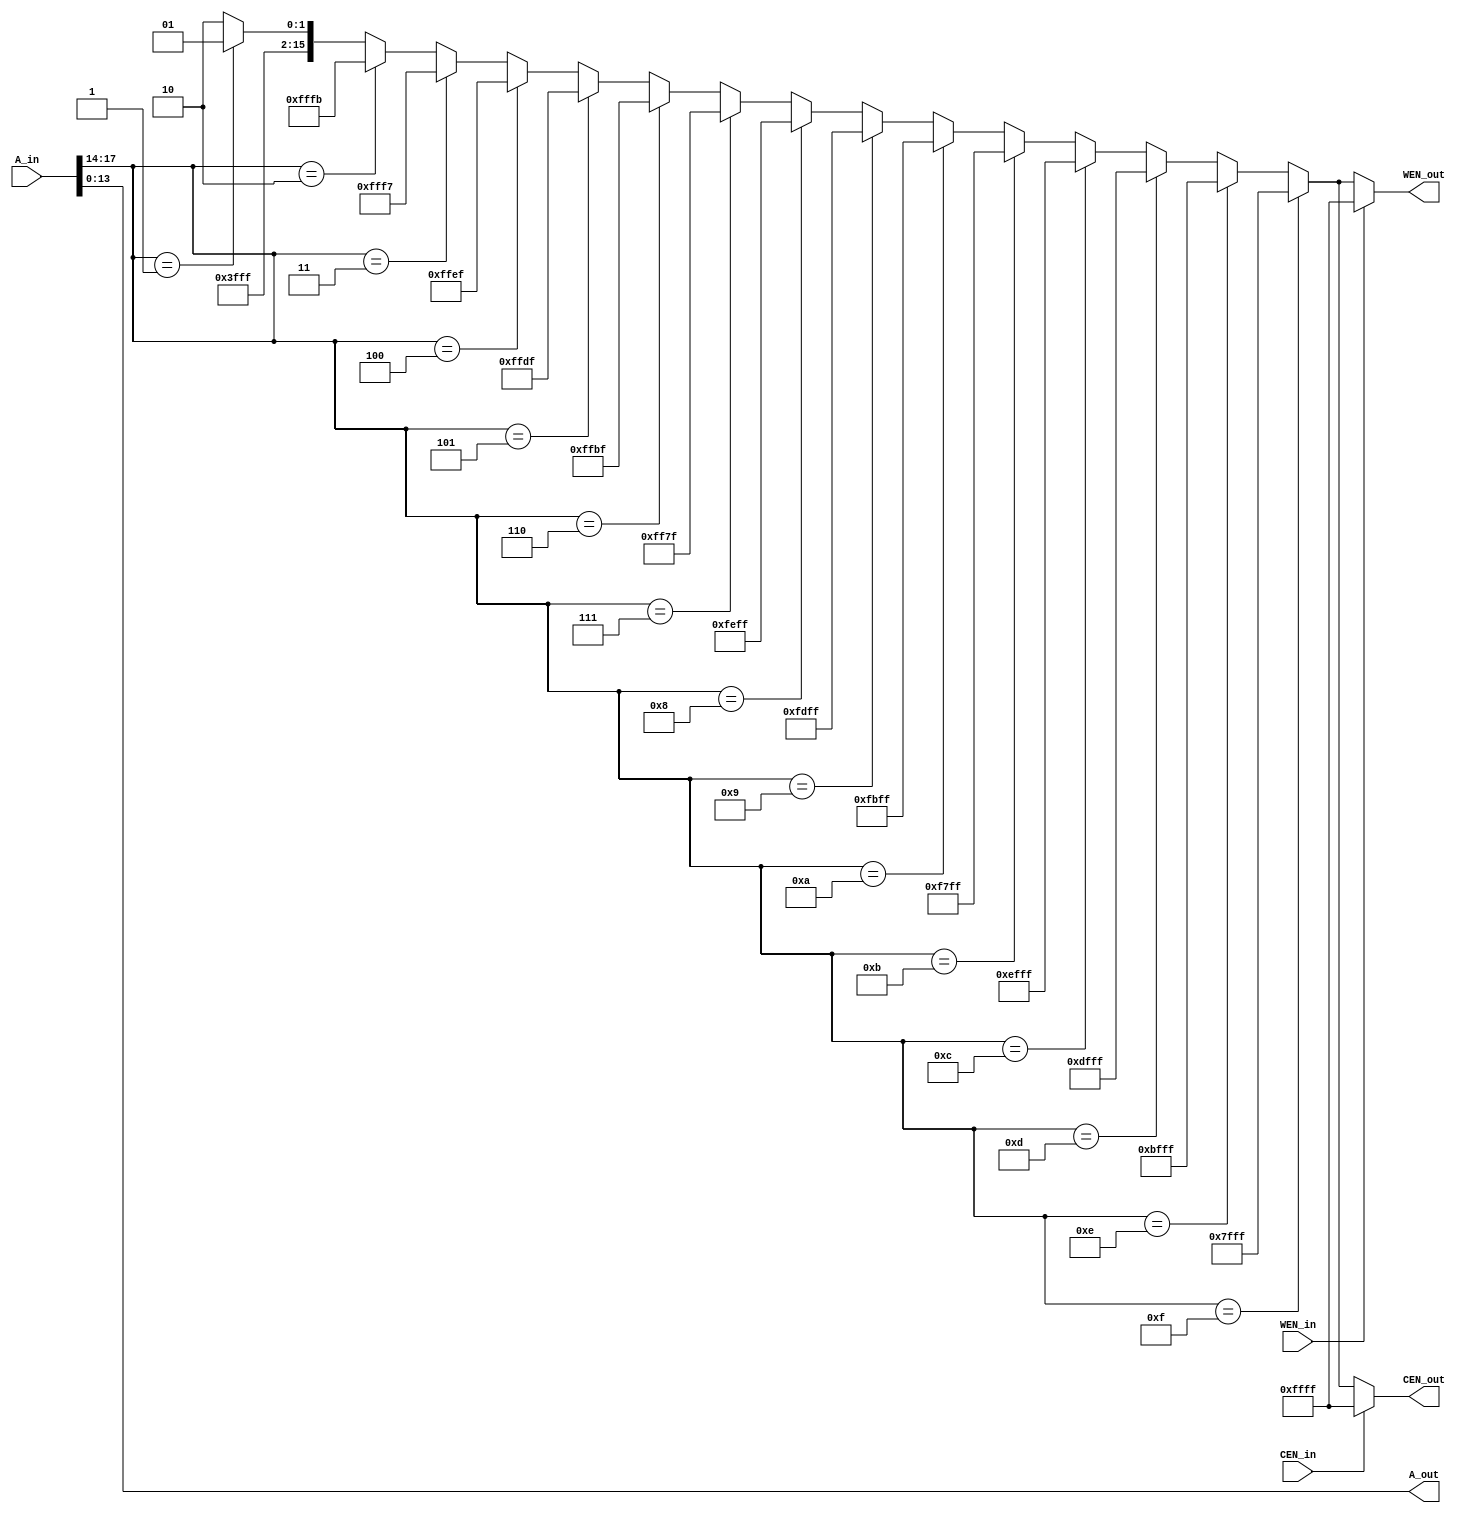
module decoder(A_out, WEN_out, CEN_out, A_in, WEN_in, CEN_in);

output reg [13:0]   A_out;
output reg [15:0]   WEN_out, CEN_out;
input [17:0]        A_in;
input               WEN_in, CEN_in;



function [15:0] binary_to_onehot;
    input [3:0]      binary;
    begin
        if(binary == 4'd15)
            binary_to_onehot = ~16'd32768;
        else if(binary == 4'd14)
            binary_to_onehot = ~16'd16384;
        else if(binary == 4'd13)
            binary_to_onehot = ~16'd8192; 
        else if(binary == 4'd12)
            binary_to_onehot = ~16'd4096;
        else if(binary == 4'd11)
            binary_to_onehot = ~16'd2048;
        else if(binary == 4'd10)
            binary_to_onehot = ~16'd1024;
        else if(binary == 4'd9)
            binary_to_onehot = ~16'd512;
        else if(binary == 4'd8)
            binary_to_onehot = ~16'd256;
        else if(binary == 4'd7)
            binary_to_onehot = ~16'd128;
        else if(binary == 4'd6)
            binary_to_onehot = ~16'd64;
        else if(binary == 4'd5)
            binary_to_onehot = ~16'd32;
        else if(binary == 4'd4)
            binary_to_onehot = ~16'd16;
        else if(binary == 4'd3)
            binary_to_onehot = ~16'd8;
        else if(binary == 4'd2)
            binary_to_onehot = ~16'd4;
        else if(binary == 4'd1)
            binary_to_onehot = ~16'd2;
        else
            binary_to_onehot = ~16'd1;
    end
endfunction

always @(A_in or CEN_in or WEN_in)
begin
    if(~WEN_in)
    begin
        WEN_out = binary_to_onehot(A_in[17:14]);
    end
    else
    begin
        WEN_out = 16'hffff;
    end
    if(~CEN_in)
    begin
        CEN_out = binary_to_onehot(A_in[17:14]);
    end
    else
    begin
        CEN_out = 16'hffff;
    end
    A_out = A_in[13:0];
end
endmodule